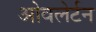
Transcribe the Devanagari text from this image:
ओवलेर्टन